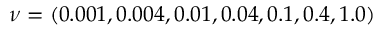
\nu = ( 0 . 0 0 1 , 0 . 0 0 4 , 0 . 0 1 , 0 . 0 4 , 0 . 1 , 0 . 4 , 1 . 0 )